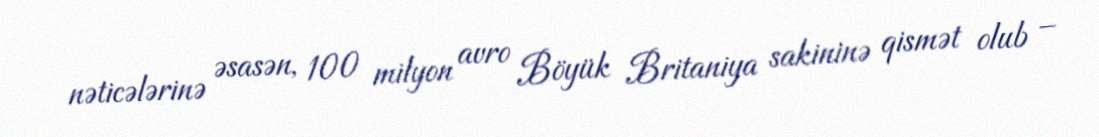
nəticələrinə əsasən, 100 milyon avro Böyük Britaniya sakininə qismət olub –